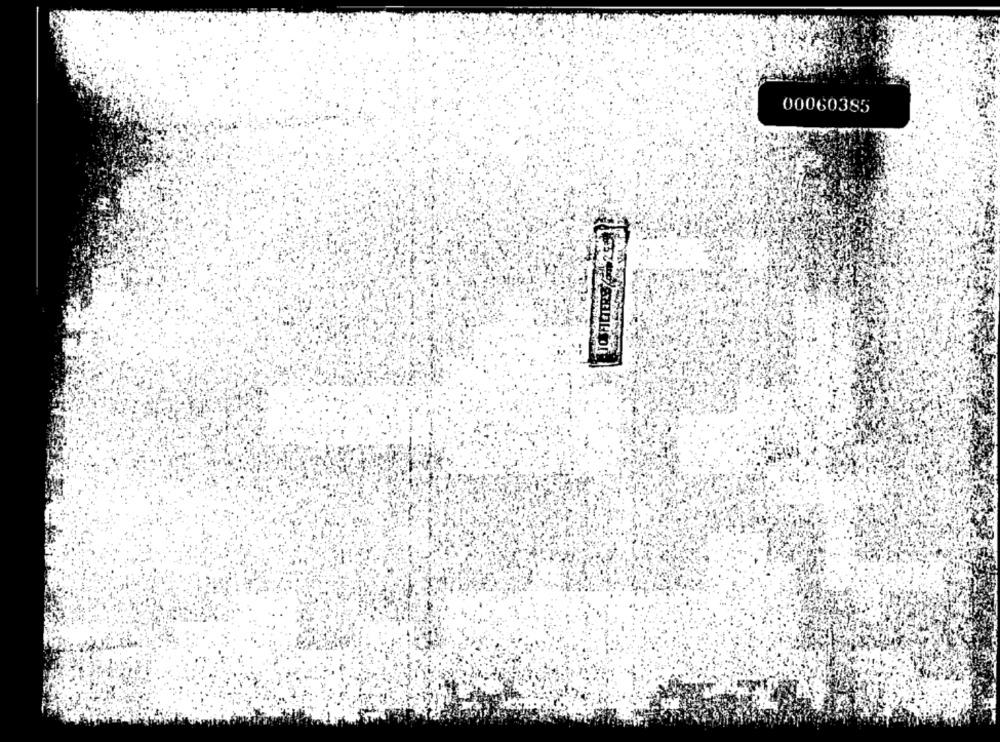
00060385